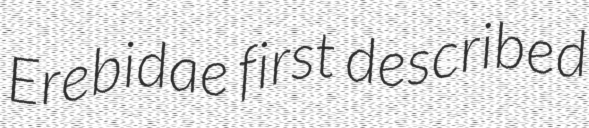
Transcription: Erebidae first described